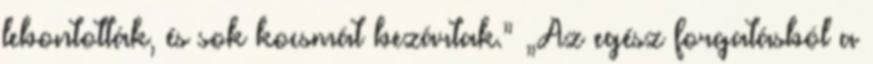
lebontották, és sok kocsmát bezártak.” „Az egész forgatásból a